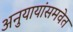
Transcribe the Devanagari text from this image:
अनुयायांसमवेत